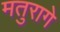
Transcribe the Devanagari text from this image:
मतुरागे